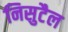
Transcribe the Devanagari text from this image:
निसुटैल